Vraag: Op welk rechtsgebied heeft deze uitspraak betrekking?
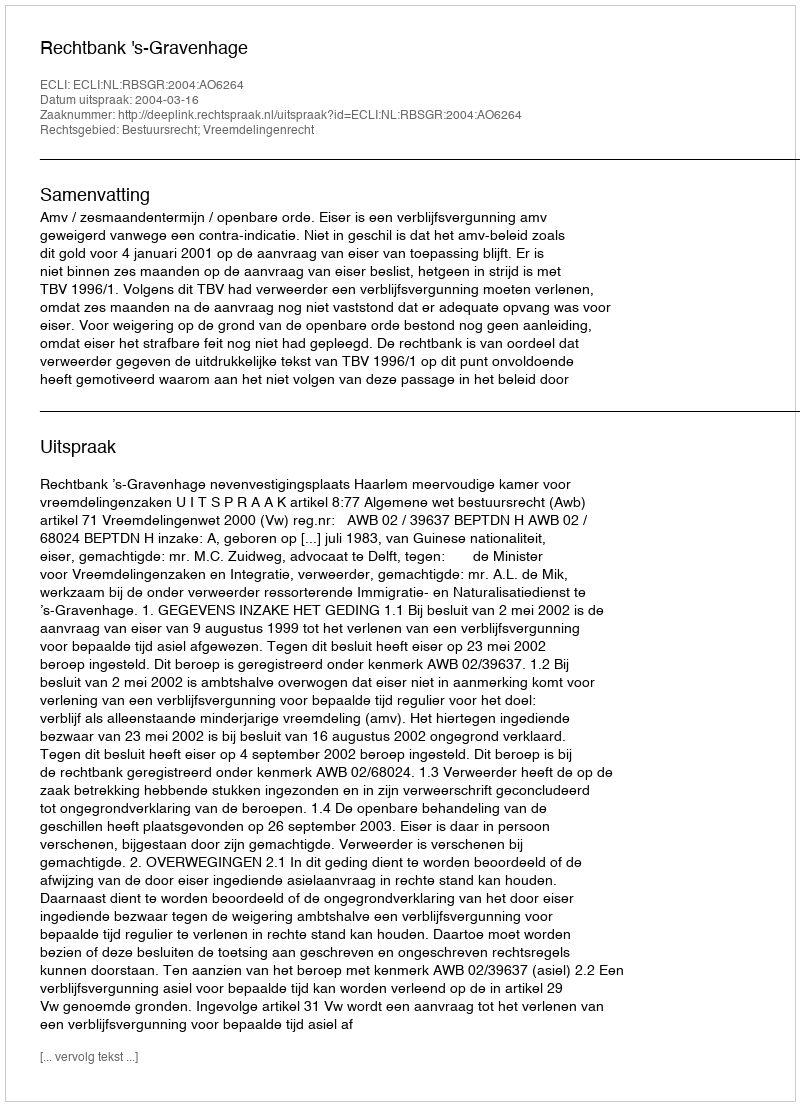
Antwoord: Bestuursrecht; Vreemdelingenrecht